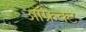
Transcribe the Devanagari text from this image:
ऑफ्रेक्ट